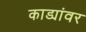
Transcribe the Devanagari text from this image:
काड्यांवर